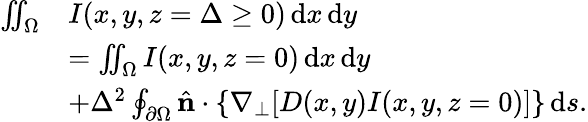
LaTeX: \begin{array}{rl}{\iint_{\Omega}}&{I(x,y,z=\Delta\ge 0)\, \mathrm{d}x\, \mathrm{d}y}\\ &{=\iint_{\Omega}I(x,y,z=0)\, \mathrm{d}x\, \mathrm{d}y}\\ &{+\Delta^{2}\oint_{\partial\Omega}\hat{\mathbf{n}}\cdot\{ \nabla_{\perp}[D(x,y)I(x,y,z=0)]\} \, \mathrm{d}s.}\end{array}